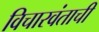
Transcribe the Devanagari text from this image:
विचारवंताची